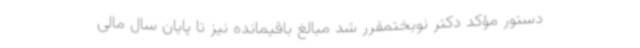
دستور مؤکد دکتر نوبختمقرر شد مبالغ باقیمانده نیز تا پایان سال مالی